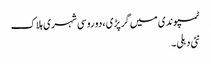
ٹمپو ندی میں گرپڑی ،دو روسی شہری ہلاک
نئی دہلی ۔